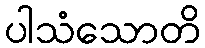
ပါသံသောတိ